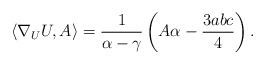
LaTeX: \begin{align*}\langle\nabla_UU,A\rangle=\frac{1}{\alpha-\gamma}\left(A\alpha-\frac{3abc}{4}\right).\end{align*}